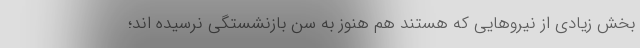
بخش زیادی از نیروهایی که هستند هم هنوز به سن بازنشستگی نرسیده اند؛